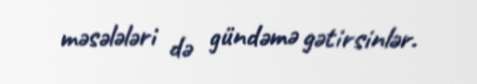
məsələləri də gündəmə gətirsinlər.